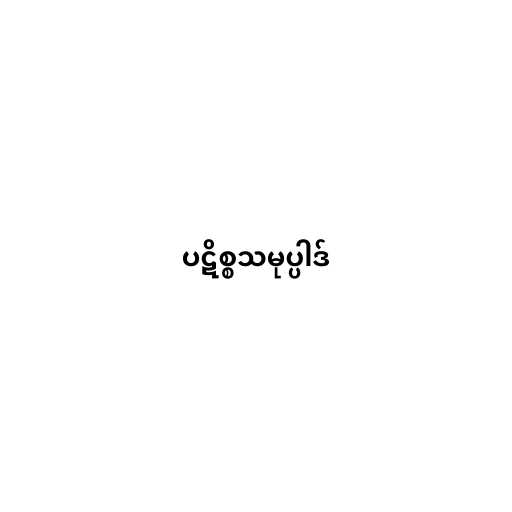
ပဋိစ္စသမုပ္ပါဒ်